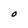
Character: O